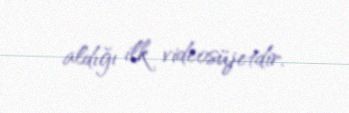
aldığı ilk videosüjetdir.